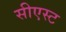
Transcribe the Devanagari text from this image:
सीएस्ट